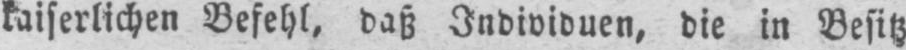
kaiserlichen Befehl, daß Individuen, die in Besitz